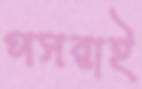
পসরাই